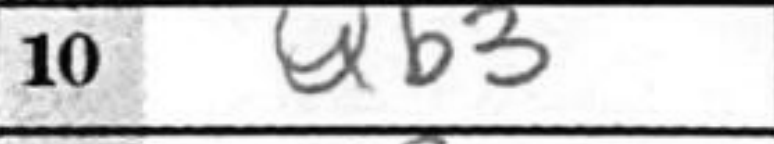
Transcription: Qb3